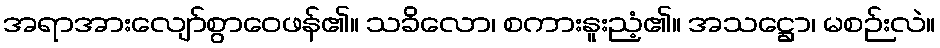
အရာအားလျော်စွာဝေဖန်၏။ သခိလော၊ စကားနူးညံ့၏။ အသဋ္ဌော၊ မစဉ်းလဲ။